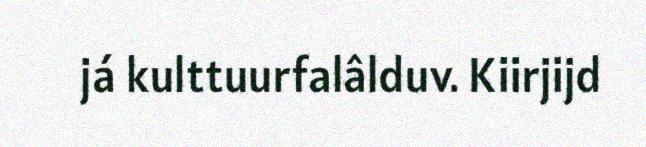
já kulttuurfalâlduv. Kiirjijd